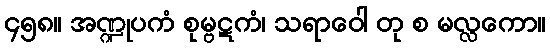
၄၅၈။ အဏ္ဍုပကံ စုမ္ဗဋကံ၊ သရာဝေါ တု စ မလ္လကော။